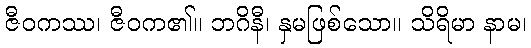
ဇီဝကဿ၊ ဇီဝက၏။ ဘဂိနီ၊ နှမဖြစ်သော။ သိရိမာ နာမ၊